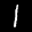
Label: 1